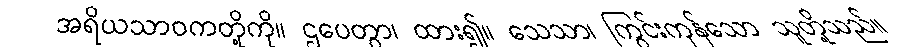
အရိယသာဝကတို့ကို။ ဌပေတွာ၊ ထား၍။ သေသာ၊ ကြွင်းကုန်သော သူတို့သည်။